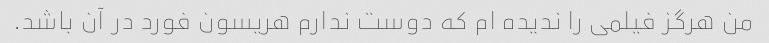
من هرگز فیلمی را ندیده ام که دوست ندارم هریسون فورد در آن باشد.